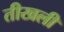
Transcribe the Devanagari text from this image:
तीखली